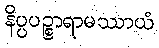
နိပ္ပပဉ္စာရာမဿာယံ